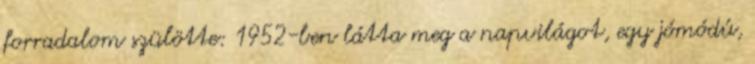
forradalom szülötte: 1952-ben látta meg a napvilágot, egy jómódú,